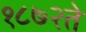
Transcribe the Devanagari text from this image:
१८७२ते